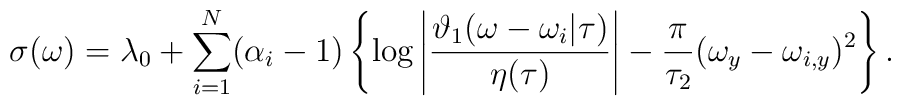
\sigma (\omega) = \lambda_{0} + \sum_{i=1}^{N} (\alpha_{i} -1) \left\{\log \left|      \frac{\vartheta_{1} (\omega - \omega_{i}| \tau )}{\eta(\tau)} \right|  - \frac{\pi}{\tau_{2}}(\omega_{y} -\omega_{i,y})^{2}\right\}.